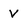
Character: V